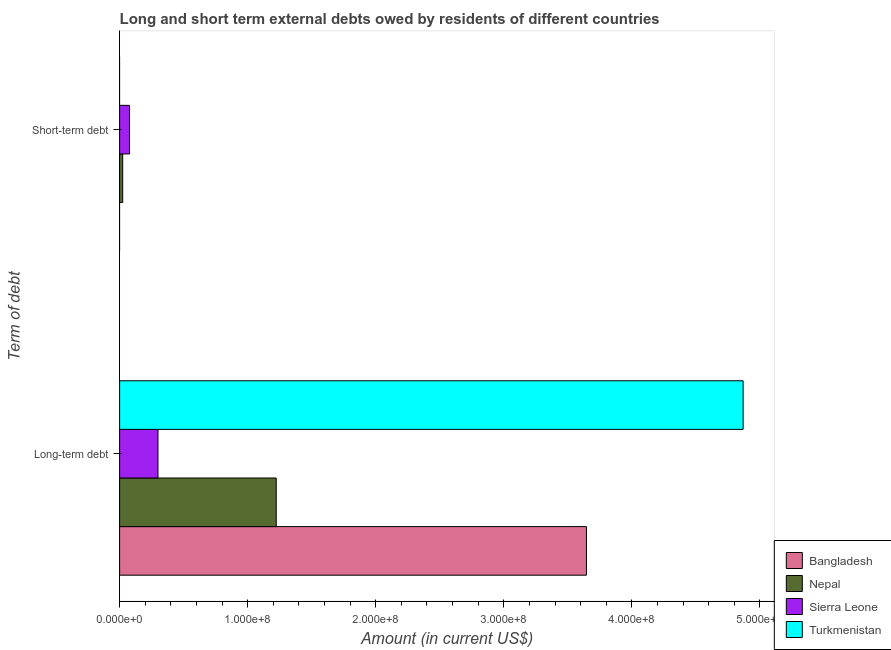
| Term of debt | Bangladesh | Nepal | Sierra Leone | Turkmenistan |
 | --- | --- | --- | --- | --- |
 | Long-term debt | 3.65e+08 | 1.22e+08 | 3e+07 | 4.87e+08 |
 | Short-term debt | -2.53e+07 | 2.42e+06 | 7.77e+06 | -1.76e+07 |